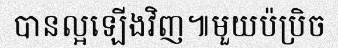
បានល្អឡើងវិញ៕មួយប៉ប្រិច